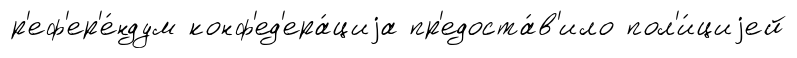
р'еф'ер'е́ндум конф'ед'ера́циjа пр'едоста́в'ило пол'и́циjей